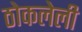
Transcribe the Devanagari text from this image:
ठोकलेली